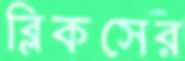
ব্লিকসের